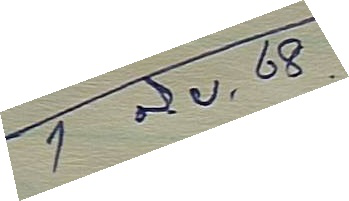
1 มิ.ย. 68